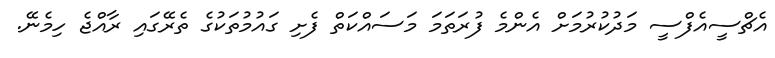
އެޗްސީއެފްސީ މަދުކުރުމަށް އެންމެ ފުރަތަމަ މަސައްކަތް ފެށި ގައުމުތަކުގެ ތެރޭގައި ރާއްޖެ ހިމެނޭ.